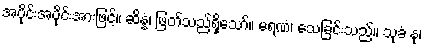
အပိုင်းအပိုင်းအားဖြင့်။ ဆိန္နံ၊ ဖြတ်သည်ရှိသော်။ မရဏံ၊ သေခြင်းသည်။ သုခံ နု၊